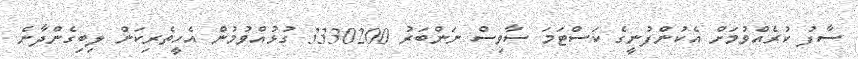
ސާފު ކުރެއްވުމަށް އެކުންފުނީގެ ކަސްޓަމަ ސާވިސް ނަންބަރު 3330200 ގުޅުއްވުމުން އެހީތެރިކަން ލިބިގެންދާނެ